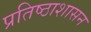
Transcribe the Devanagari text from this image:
प्रतिष्ठाशासन